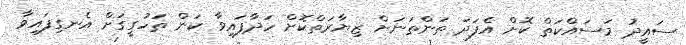
ސައީދު މަސައްކަތް ކޮށް އެފަދަ ތަންތަނަށް ޒިޔާރަތްކޮށް ހަދާފައިވާ ކަން ތަހުގީގަށް އެނގިފައިވާ